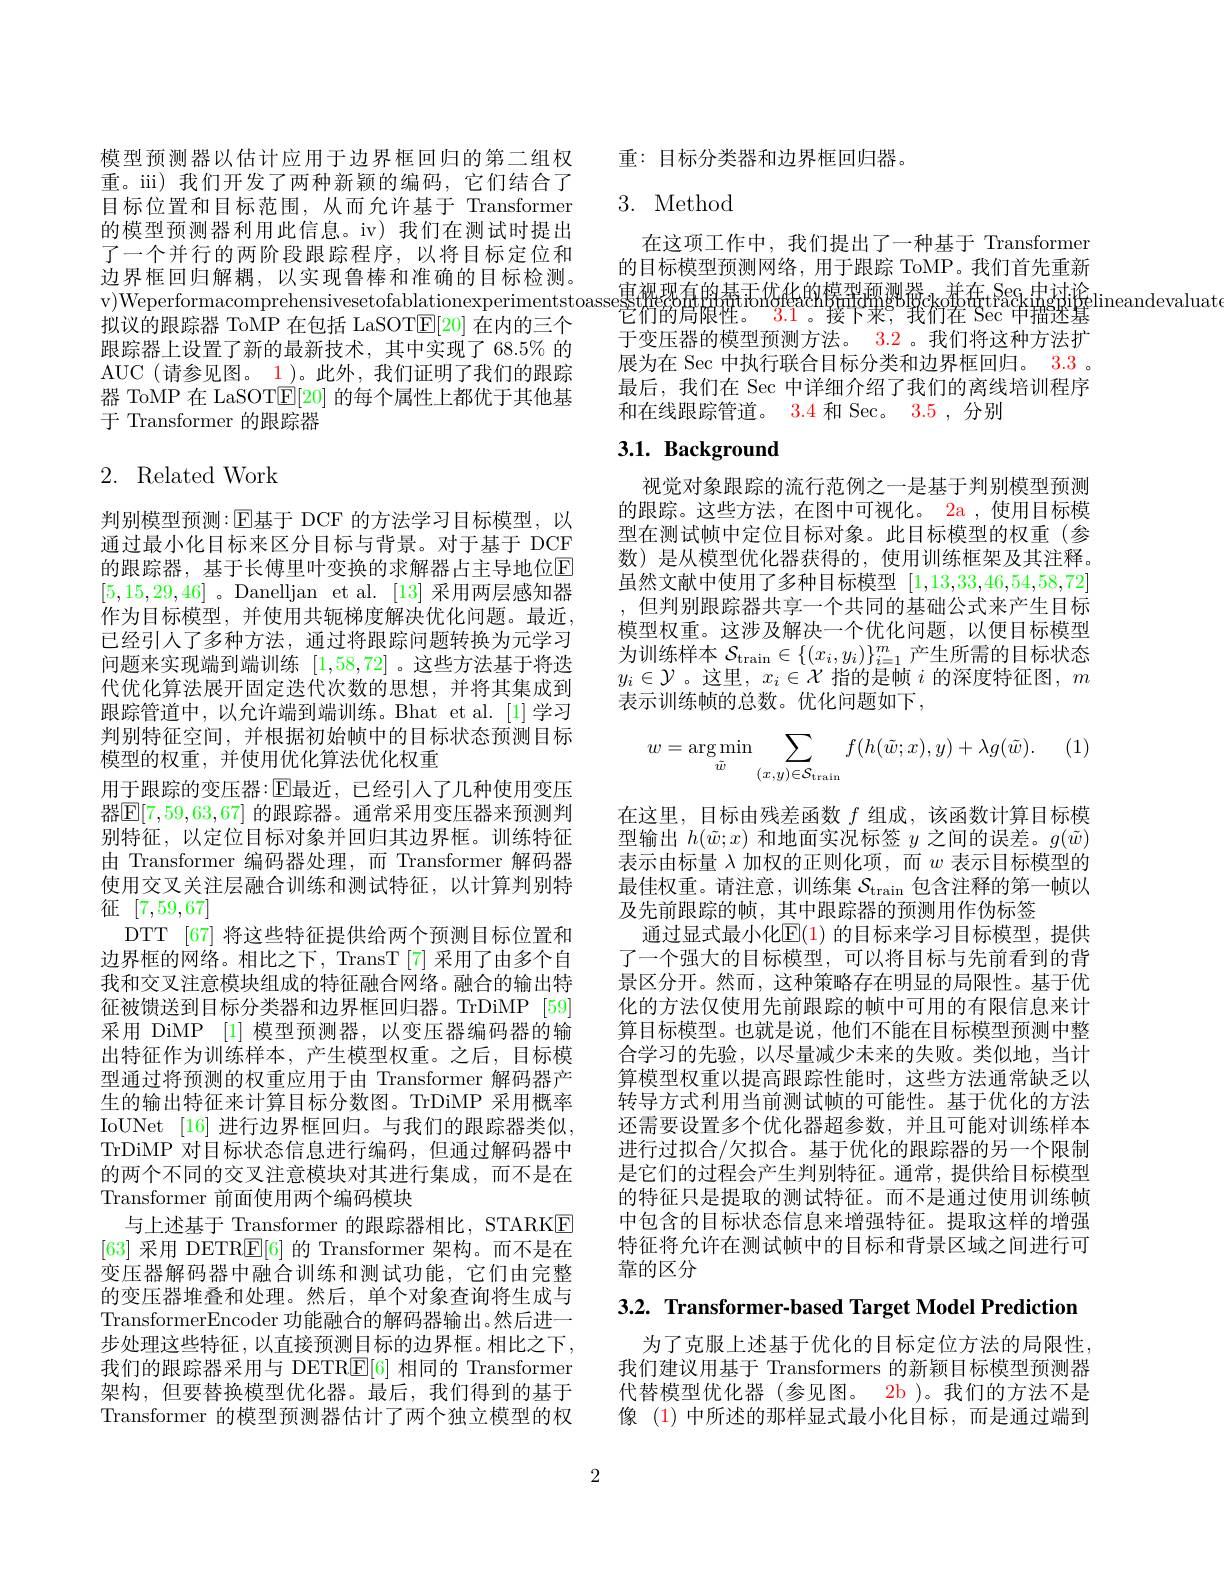
模型预测器以估计应用于边界框回归的第二组权重。iii) 我们开发了两种新颖的编码，它们结合了目标位置和目标范围，从而允许基于 Transformer 的模型预测器利用此信息。iv) 我们在测试时提出了一个并行的两阶段跟踪程序，以将目标定位和边界框回归解耦，以实现鲁棒和准确的目标检测。$\begin{array}{c}\text{的目阶陕尘贝侧网络，用」眼踪 IOMP。我们自尤里刺}\\\text{v)Weperformacomprehensivesetofablationexperimentstoassesefdezgigig Hargig drat Sec 由讨论}\\\text{ođ布}_{\mathrm{c}}\text{Sec}_{\mathrm{k}\mathrm{mgik}}\\\text{eraluat}\\\text{v)Weperformacomprehensivesetofablationexperimentstoasseseffatg gig Br}\end{array}$
拟议的跟踪器 ToMP 在包括 LaSOT$\mathbb{E}[20]$在内的三个跟踪器上设置了新的最新技术，其中实现了 68.5% 的AUC(请参见图。1)。此外，我们证明了我们的跟踪器 ToMP 在 LaSOT$\mathbb{E}[20]$的每个属性上都优于其他基于 Transformer 的跟踪器

# 2. Related Work

判别模型预测：$\operatorname{E\text{基于 DCF 的方法学习目标模型，以}}$ 通过最小化目标来区分目标与背景。对于基于 DCF 的跟踪器，基于长傅里叶变换的求解器占主导地位$\mathbb{E}$ [5,15,29,46] 。Danelljan et al. [13] 采用两层感知器作为目标模型，并使用共轭梯度解决优化问题。最近， 已经引人了多种方法，通过将跟踪问题转换为元学习问题来实现端到端训练[1,58,72] 。这些方法基于将迭代优化算法展开固定迭代次数的思想，并将其集成到跟踪管道中，以允许端到端训练。Bhat et al.[1]学习判别特征空间，并根据初始帧中的目标状态预测目标模型的权重，并使用优化算法优化权重
用于跟踪的变压器：$\operatorname{E\text{最近，已经引入了几种使用变压}}$ 器$\boxed{\mathbb{E}}[7,59,63,67]$ 的跟踪器。通常采用变压器来预测判别特征，以定位目标对象并回归其边界框。训练特征由 Transformer 编码器处理，而 Transformer 解码器使用交叉关注层融合训练和测试特征，以计算判别特征[7,59,67]
DTT [67] 将这些特征提供给两个预测目标位置和边界框的网络。相比之下，TransT[7] 采用了由多个自我和交叉注意模块组成的特征融合网络。融合的输出特征被馈送到目标分类器和边界框回归器。TrDiMP [59] 采用 DiMP [1] 模型预测器，以变压器编码器的输出特征作为训练样本，产生模型权重。之后，目标模型通过将预测的权重应用于由 Transformer 解码器产生的输出特征来计算目标分数图。TrDiMP 采用概率IoUNet [16] 进行边界框回归。与我们的跟踪器类似， TrDiMP 对目标状态信息进行编码，但通过解码器中的两个不同的交叉注意模块对其进行集成，而不是在Transformer 前面使用两个编码模块
与上述基于 Transformer 的跟踪器相比，STARKE [63]采用 DETR$\boxed{\mathrm{E}}[6]$的 Transformer 架构。而不是在变压器解码器中融合训练和测试功能，它们由完整的变压器堆叠和处理。然后，单个对象查询将生成与TransformerEncoder 功能融合的解码器输出。然后进一步处理这些特征，以直接预测目标的边界框。相比之下， 我们的跟踪器采用与 DETRE[ 6] 相同的 Transformer 架构，但要替换模型优化器。最后，我们得到的基于Transformer 的模型预测器估计了两个独立模型的权

重：目标分类器和边界框回归器。

## 3. Method

在这项工作中，我们提出了一种基于 Transformer 的目标模型预测网络，用于跟踪 ToMP。我们首先重新$\text{它们的局限性。}^{\mathrm{lonoleacipulongodckoloutrackmgang}}$ 于变压器的模型预测方法。3.2 。我们将这种方法扩展为在 Sec 中执行联合目标分类和边界框回归。3.3 。最后，我们在 Sec 中详细介绍了我们的离线培训程序和在线跟踪管道。$\color{red}{3.4}$和 Sec。3.5 ,分别

# 3.1. Background

视觉对象跟踪的流行范例之一是基于判别模型预测的跟踪。这些方法，在图中可视化。2a ,使用目标模型在测试帧中定位目标对象。此目标模型的权重(参数) 是从模型优化器获得的，使用训练框架及其注释。虽然文献中使用了多种目标模型[1,13,33,46,54,58,72] ,但判别跟踪器共享一个共同的基础公式来产生目标模型权重。这涉及解决一个优化问题，以便目标模型为训练样本$S_\mathrm{train}\in\{(x_i,y_i)\}_{i=1}^m$产生所需的目标状态$y_i\in\mathcal{Y}$。这里，$x_i\in\mathcal{X}$指的是帧$i$的深度特征图$,m$ 表示训练帧的总数。优化问题如下，

. (1)
$$w=\arg\min_{\tilde{w}}\sum_{(x,y)\in\mathcal{S}_{\mathrm{train}}}f(h(\tilde{w};x),y)+\lambda g(\tilde{w}).$$
在这里，目标由残差函数$f$组成，该函数计算目标模型输出$h(\tilde{w};x)$和地面实况标签$y$之间的误差。$g(\tilde{w})$ 表示由标量$\lambda$加权的正则化项，而$w$表示目标模型的最佳权重。请注意，训练集$\mathcal{S}_\mathrm{train}$包含注释的第一帧以及先前跟踪的帧，其中跟踪器的预测用作伪标签
通过显式最小化$\mathbb{E}(1)$ 的目标来学习目标模型，提供了一个强大的目标模型，可以将目标与先前看到的背景区分开。然而，这种策略存在明显的局限性。基于优化的方法仅使用先前跟踪的帧中可用的有限信息来计算目标模型。也就是说，他们不能在目标模型预测中整合学习的先验，以尽量减少未来的失败。类似地，当计算模型权重以提高跟踪性能时，这些方法通常缺乏以转导方式利用当前测试帧的可能性。基于优化的方法还需要设置多个优化器超参数，并且可能对训练样本进行过拟合/欠拟合。基于优化的跟踪器的另一个限制是它们的过程会产生判别特征。通常，提供给目标模型的特征只是提取的测试特征。而不是通过使用训练帧中包含的目标状态信息来增强特征。提取这样的增强特征将允许在测试帧中的目标和背景区域之间进行可靠的区分

3.2. Transformer-based Target Model Prediction

为了克服上述基于优化的目标定位方法的局限性， 我们建议用基于 Transformers 的新颖目标模型预测器代替模型优化器(参见图。2b)。我们的方法不是像 (1) 中所述的那样显式最小化目标，而是通过端到

2